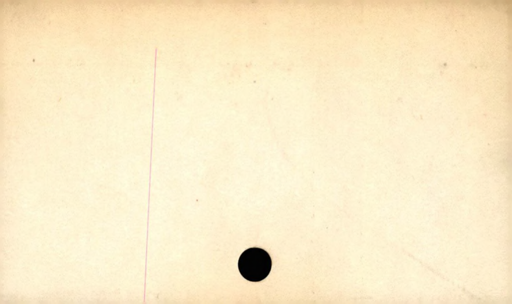
Label: divider